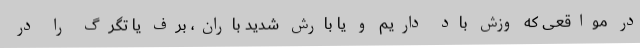
در مواقعی که وزش باد داریم و یا بارش شدید باران، برف یا تگرگ را در